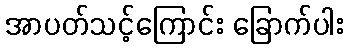
အာပတ်သင့်ကြောင်း ခြောက်ပါး